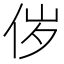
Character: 㑕